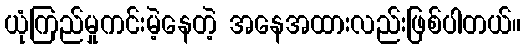
ယုံကြည်မှုကင်းမဲ့နေတဲ့ အနေအထားလည်းဖြစ်ပါတယ်။